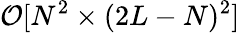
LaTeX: \mathcal{O}[N^{2}\times(2L-N)^{2}]